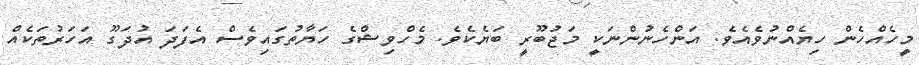
މީހެއްހެން ހިޔެއްނުވެއެވެ. އަންހެނުންނަކީ މަޖުބޫރީ ބަޔެކެވެ. މެހްވިޝްގެ ހަޔާތުގައިވެސް އެފަދަ އުދަގޫ އަހަރުތަކެއް